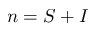
n = S + I